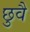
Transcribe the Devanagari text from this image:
छुवै